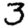
Digit: 3